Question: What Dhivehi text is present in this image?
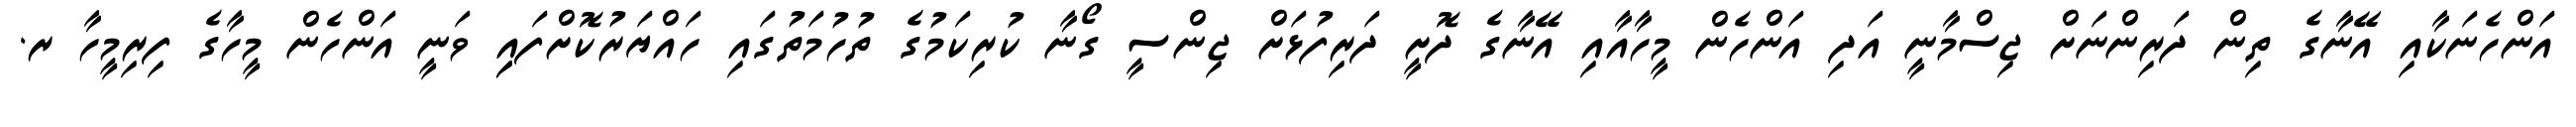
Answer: އަންހެނަކާއި އޭނާގެ ތިން ދަރިންނަށް ޖިސްމާނީ އަދި އަންހެން މީހާއާއި އޭނާގެ ދޮށީ ދަރިފުޅަށް ޖިންސީ ގޯނާ ކުރިކަމުގެ ތުހުމަތުގައި ހައްޔަރުކޮށްފައިި ވަނީ އަންހެން މީހާގެ ފިރިމީހާ ރ.